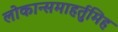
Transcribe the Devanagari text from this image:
लोकान्समाहर्तुमिह